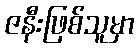
ဇနီးဖြစ်သူမှာ